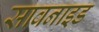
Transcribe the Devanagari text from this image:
सावनाइड